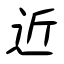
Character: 近